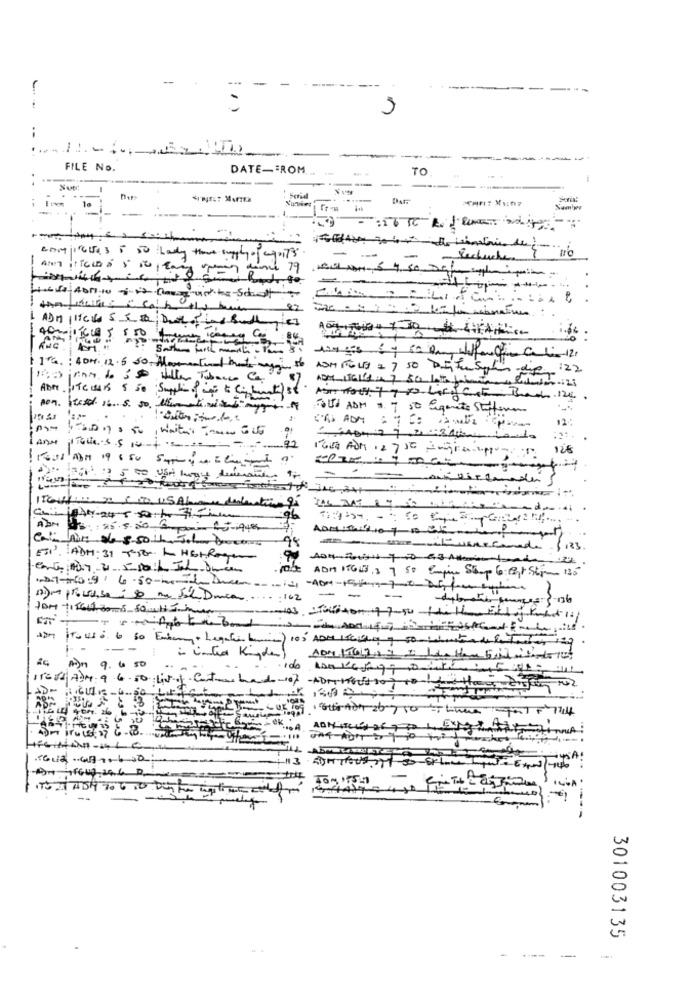
-
--
3
FILE No.
DATE-FROM
TO
-
--
Nut
Serial
-
Recherches
and 79
--
22
16 : 404.12.5 50 Momentthat my of ASMPGLE =) SO DIFUSILL
Syl de 122
ADM. ITCLUB 5 50 Supplic of isi to (internet ) 38.
Cost Brad 124
non. fus is. 5. so that with mygi of
TOUS ADM . 7 st Eigenets Stuffone
.. .
CAS ADM
12:
92
lange italia's S pos ==-
128
---
=
gb
Abritaitoy 0 04
Cat hin stessothe John becas
--
$ 123
ESP, ADM. 31 THE L HbKRagu
A) processo: 80 ma Sol Danca.
102
- -
9.
-113. 50 M TOUS 71 -- >
-.
301003135